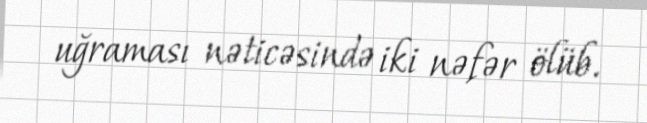
uğraması nəticəsində iki nəfər ölüb.